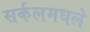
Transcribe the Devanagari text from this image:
सर्कलमधले